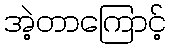
အဲ့တာကြောင့်